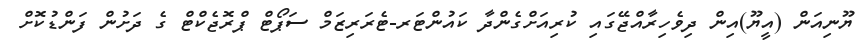
ޔޫނިއަން (އީޔޫ)އިން ދިވެހިރާއްޖޭގައި ކުރިއަށްގެންދާ ކައުންޓަރ-ޓެރަރިޒަމް ސަޕޯޓް ޕްރޮޖެކްޓް ގެ ދަށުން ފަންޑުކޮށް